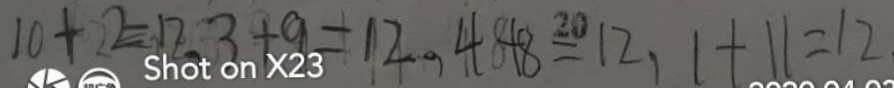
1 0 + 2 = 1 2 , 3 + 9 = 1 2 , 4 + 8 = 1 2 , 1 + 1 1 = 1 2